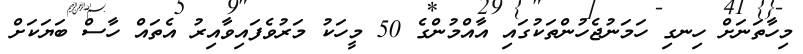
މިހާތަނަށް ހިނގި ހަމަނުޖެހުންތަކުގައި އާއްމުންގެ 50 މީހަކު މަރުވެފައިވާއިރު އެތައް ހާސް ބަޔަކަށް